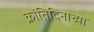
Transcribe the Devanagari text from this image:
क्रांतिदिनाच्या